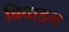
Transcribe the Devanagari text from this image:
बिवाइन